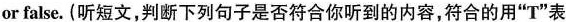
or false. (听短文,判断下列句子是否符合你听到的内容,符合的用""T"表